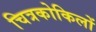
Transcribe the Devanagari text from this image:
चित्रकोकिलों